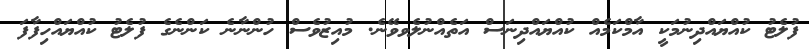
ފުލެޓު ކުއްޔައްދިނުމަކީ އާމްކަމެއް ކުއްޔައްދިނަސް އަތެއްނުލެވވޭނެ. މުއިޒުވެސް ހުންނާނެ ކަންނެގެ ފުލެޓު ކުއްޔައްހިފާފަ